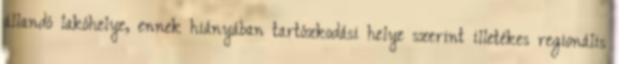
állandó lakóhelye, ennek hiányában tartózkodási helye szerint illetékes regionális